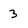
Character: 3